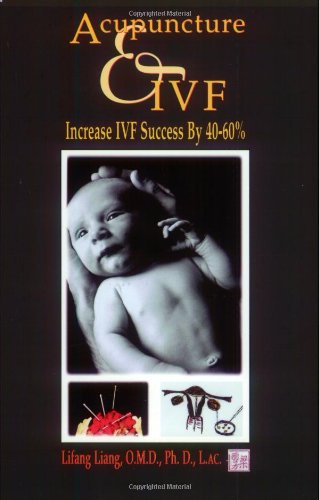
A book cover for Acupuncture & IVF: Increase IVF Success by 40-60%; Lifang Liang; Parenting & Relationships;